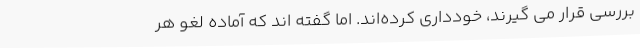
بررسی قرار می گیرند، خودداری کرده‌اند. اما گفته اند که آماده لغو هر